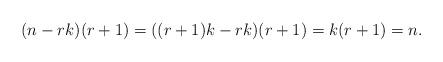
LaTeX: \begin{align*}(n-rk)(r+1) = ((r+1)k-rk)(r+1) = k(r+1) = n.\end{align*}